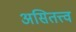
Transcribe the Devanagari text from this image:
असितत्त्व